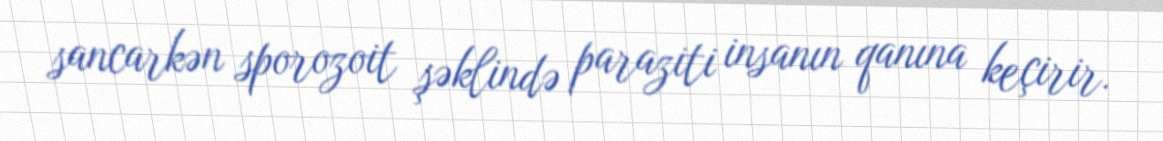
sancarkən sporozoit şəklində paraziti insanın qanına keçirir.